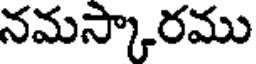
నమస్కారము